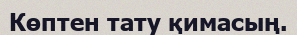
Көптен тату қимасың.